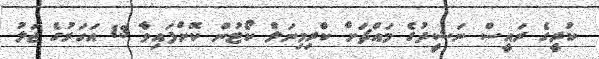
ކުރީގެ ރައީސް ނަޝީދުގެ މައްޗަށް ކްރިމިނަލް ކޯޓުން ކޮށްފައިވާ 13 އަހަރުގެ ޖަލު